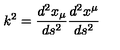
k ^ { 2 } = \frac { d ^ { 2 } x _ { \mu } } { d s ^ { 2 } } \frac { d ^ { 2 } x ^ { \mu } } { d s ^ { 2 } }